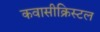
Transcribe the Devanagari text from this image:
कवासीक्रिस्टल